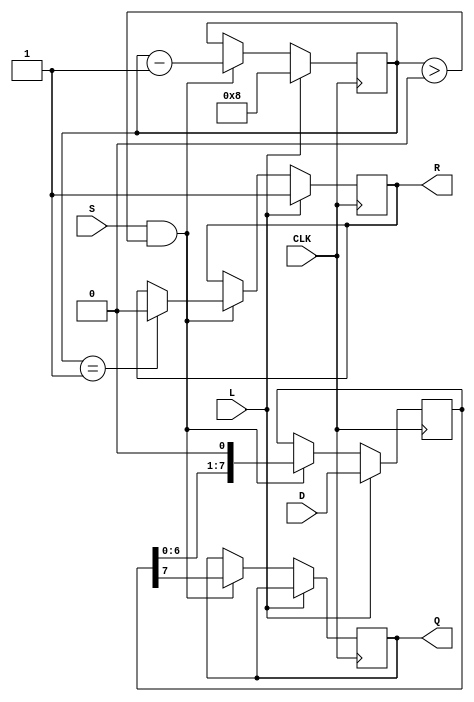
module PISO_Register #(
    parameter WIDTH = 8  // Parameter for the width of the parallel data input
)(
    input wire [WIDTH-1:0] D,  // Parallel data input
    input wire L,               // Load control signal
    input wire CLK,             // Clock signal
    input wire S,               // Shift control signal
    output reg Q,               // Serial output
    output reg R                // Ready signal
);

    reg [WIDTH-1:0] shift_reg;  // Shift register to hold parallel data
    reg [3:0] bit_count;         // Counter for the number of bits shifted out

    always @(posedge CLK) begin
        if (L) begin
            // Load data into the shift register when L is asserted
            shift_reg <= D;
            bit_count <= WIDTH;  // Initialize bit count to the width of the data
            R <= 1'b1;            // Indicate that the register is ready to shift
        end else if (S && bit_count > 0) begin
            // Shift data out serially when S is asserted
            Q <= shift_reg[WIDTH-1]; // Output the MSB
            shift_reg <= shift_reg << 1; // Shift left
            bit_count <= bit_count - 1; // Decrement the bit count
            if (bit_count == 1) begin
                R <= 1'b0; // Indicate not ready after last bit is shifted out
            end
        end
    end

    // Optional: Reset logic to initialize the register (if needed)
    // You can uncomment the following lines if a reset signal is desired
    /*
    input wire RST; // Reset signal
    always @(posedge RST) begin
        shift_reg <= 0;
        bit_count <= 0;
        Q <= 0;
        R <= 0;
    end
    */

endmodule